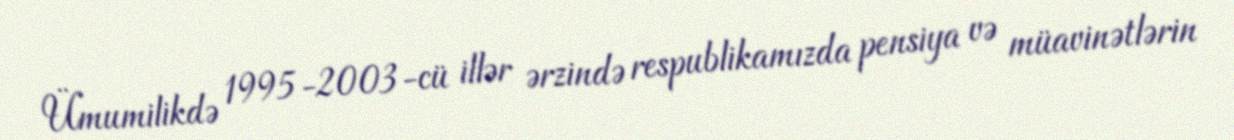
Ümumilikdə 1995-2003-cü illər ərzində respublikamızda pensiya və müavinətlərin